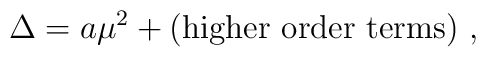
\Delta = a \mu^2 + ({\rm higher\ order\ terms}) \ ,